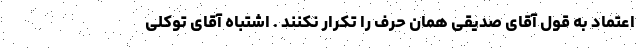
اعتماد به قول آقای صدیقی همان حرف را تکرار نکنند . اشتباه آقای توکلی